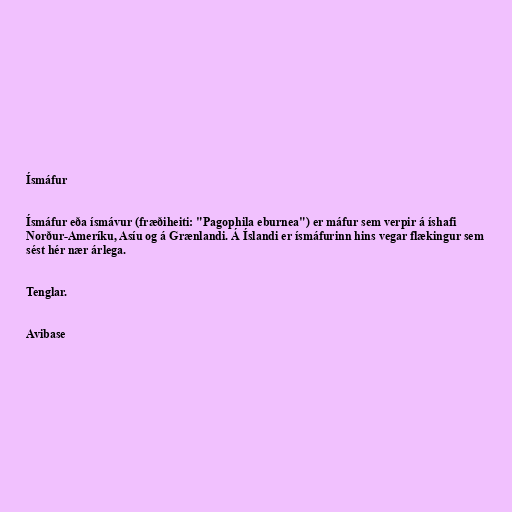
Ísmáfur

Ísmáfur eða ísmávur (fræðiheiti: "Pagophila eburnea") er máfur sem verpir á íshafi
Norður-Ameríku, Asíu og á Grænlandi. Á Íslandi er ísmáfurinn hins vegar flækingur sem
sést hér nær árlega.

Tenglar.

Avibase